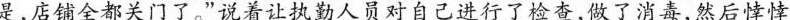
是，店全都关门了。”说着以抗人员对自己进行了查，做了消毒，然后悻悻